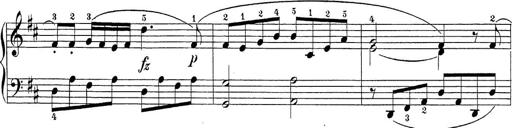
Title: Sonatina Album
Composer: Louis KÃ¶hler